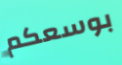
بوسعكم